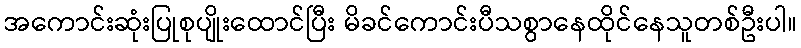
အကောင်းဆုံးပြုစုပျိုးထောင်ပြီး မိခင်ကောင်းပီသစွာနေထိုင်နေသူတစ်ဦးပါ။